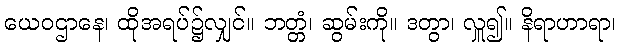
ယေဝဌာနေ၊ ထိုအရပ်၌လျှင်။ ဘတ္တံ၊ ဆွမ်းကို။ ဒတွာ၊ လှူ၍။ နိရာဟာရာ၊